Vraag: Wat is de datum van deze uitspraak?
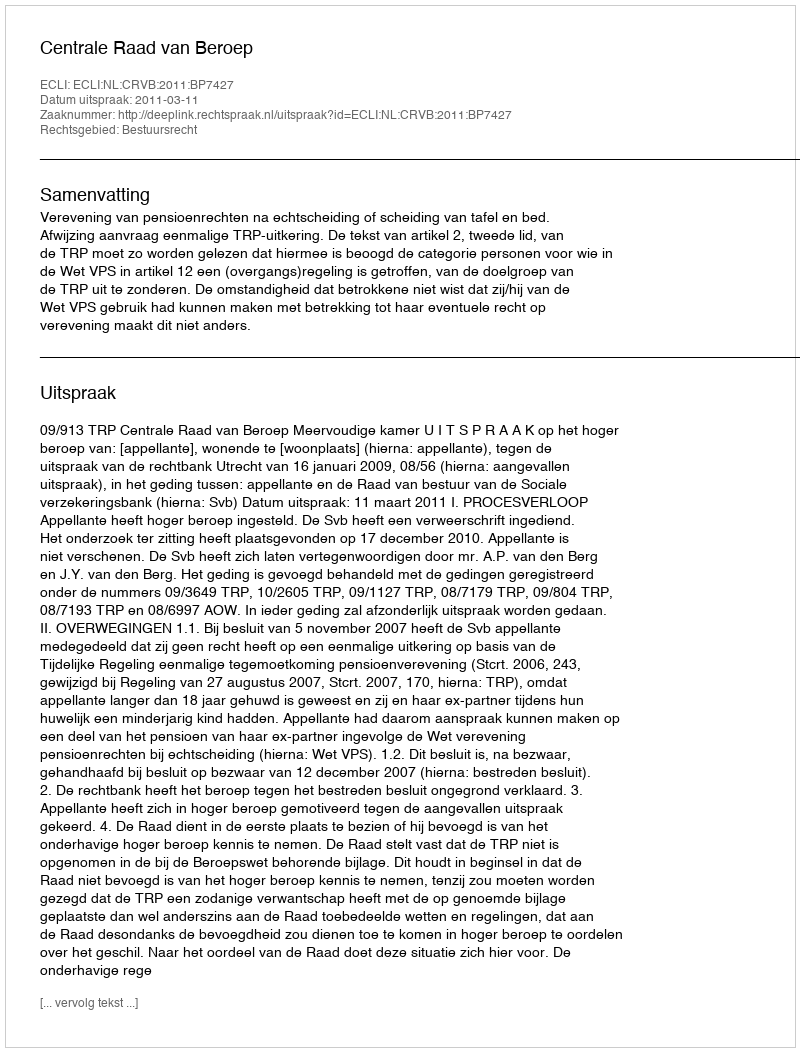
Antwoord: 2011-03-11